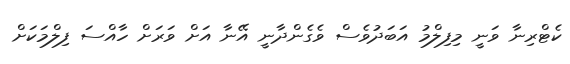
ކެޓްރިނާ ވަނީ މިފިލްމު އަބަދުވެސް ވެގެންދާނީ އޭނާ އަށް ވަރަށް ހާއްސަ ފިލްމަކަށް